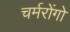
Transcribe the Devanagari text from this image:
चर्मरोंगो